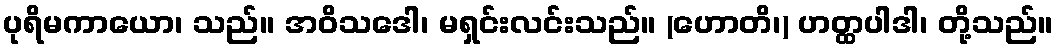
ပုရိမကာယော၊ သည်။ အဝိသဒေါ၊ မရှင်းလင်းသည်။ (ဟောတိ၊) ဟတ္ထပါဒါ၊ တို့သည်။